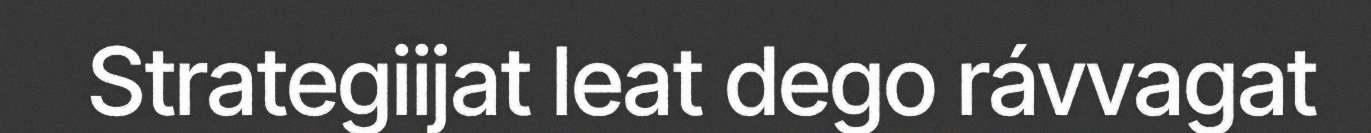
Strategiijat leat dego rávvagat